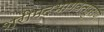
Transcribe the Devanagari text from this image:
श्रीमदभागवतपुराण